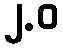
၂.ဝ